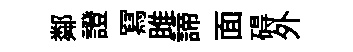
鄰證冩雎諦面碍外